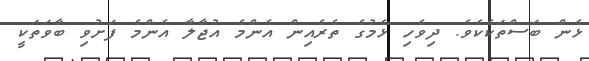
ޅެން ބަސްތަކެކެވެ. ދިވެހި ޅެމުގެ ތެރެއިން އެންމެ އުޖާލާ އެންމެ ފަށުވި ބާވަތަކީ